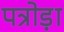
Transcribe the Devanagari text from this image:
पत्रोड़ा